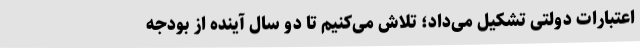
اعتبارات دولتی تشکیل می‌داد؛ تلاش می‌کنیم تا دو سال آینده از بودجه